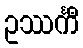
ဥဿင်္ကီ